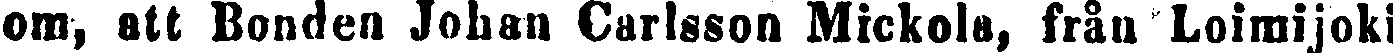
om, att Bonden Johan Carlsson Mickola, från Loimijoki